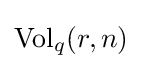
\operatorname {Vol} _{q}(r,n)